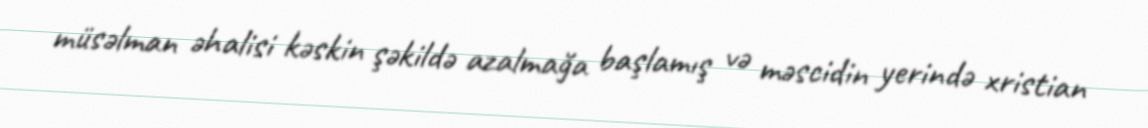
müsəlman əhalisi kəskin şəkildə azalmağa başlamış və məscidin yerində xristian